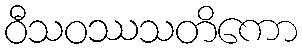
ဝီသဝဿသတိကော